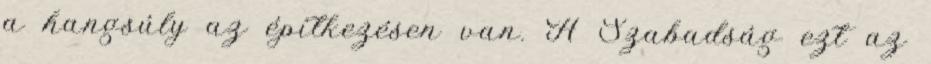
a hangsúly az építkezésen van. A Szabadság ezt az